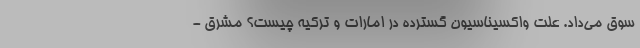
سوق می‌داد. علت واکسیناسیون گسترده در امارات و ترکیه چیست؟ مشرق -